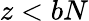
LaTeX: z<bN